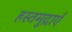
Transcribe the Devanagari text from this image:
हस्तमुद्राएँ